Indian Medical Review
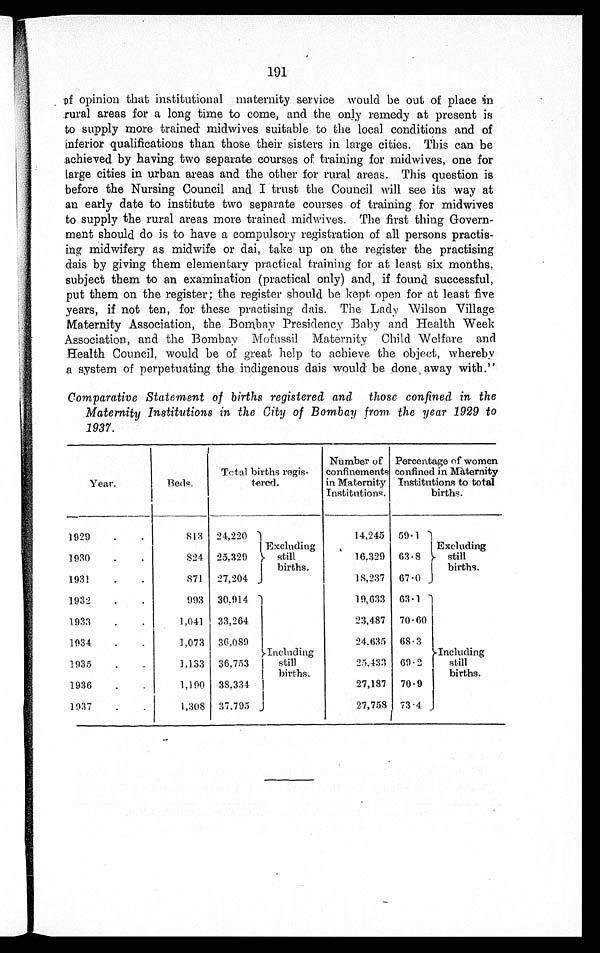
191
of opinion that institutional maternity service would be out of place in
rural areas for a long time to come, and the only remedy at present is
to supply more trained midwives suitable to the local conditions and of
inferior qualifications than those their sisters in large cities. This can be
achieved by having two separate courses of training for midwives, one for
Large cities in urban areas and the other for rural areas. This question is
before the Nursing Council and I trust the Council will see its way at
an early date to institute two separate courses of training for midwives
to supply the rural areas more trained midwives. The first thing Govern
-ment should do is to have a compulsory registration of all persons practis
- i n g m i d w i f e r y a s m i d w i f e o r d a i , t a k e u p o n t h e r e g i s t e r t h e p r a c t i s i n g
dais by giving them elementary practical training for at least six months,
subject them to an examination (practical only) and, if found successful,
put them on the register; the register should be kept open for at least five
years, if not ten, for these practising dais. The Lady Wilson Village
Maternity Association, the Bombay Presidency Baby and Health Week
Association, and the Bombay Mofussil Maternity Child Welfare and
Health Council, would be of great help to achieve the object, whereby
a system of perpetuating the indigenous dais would be done, away with."
Comparative Statement of births registered and those confined in the
Maternity Institutions in the City of Bombay from the year 1929 to
1937.
Year.
Beds.
Total births regis-
tered.
Number of
confinements
in Maternity
Institutions.
Percentage of women
confined in Maternity
Institutions to total
births.
1929 . . .
813 24,220 Excluding
still
births.
14,245 59.1 Excluding
still
births.
1930 . . .
824 25,329
16,329 63.8
1931 . . .
871 27,204
18,237 67.0
1932 . . .
993 30.914
Including
still
births.
19,633 63.1
Including
still
births.
1933 . . .
1,041 33,264
23,487 70.60
1934 . . .
1,073 36,089
24,635 68.3
1935 . . .
1,133 36,753
25,433 69.2
1936 . . .
1,190 38,334
27,187 70.9
1937 . . .
1,308 37,795
27,758 73.4